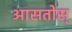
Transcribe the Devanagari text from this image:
आसतोस्